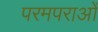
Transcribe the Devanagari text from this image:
परमपराओं